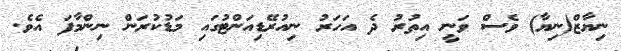
ނިޔާޒް(ނިޔާ) ވެސް ވަނީ އިތުރު ދެ އަހަރު ނިއުރޭޑިއަންޓުގައި މަޑުކުރަން ނިންމާފަ އެވެ.